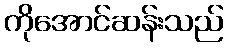
ကိုအောင်ဆန်းသည်